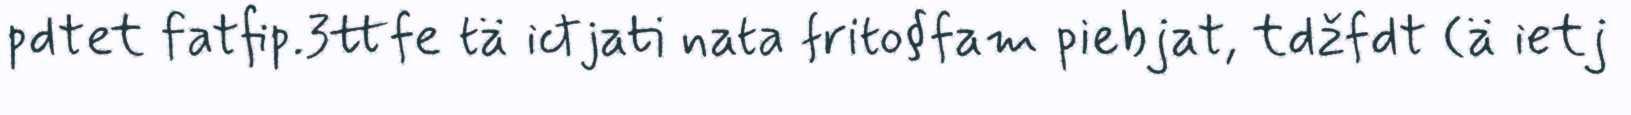
pdtet fatfip.3ttfe tä ictjati nata frito§fam piebjat, tdžfdt (ä ietj